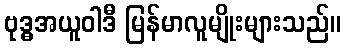
ဗုဒ္ဓအယူဝါဒီ မြန်မာလူမျိုးများသည်။